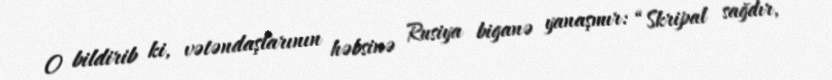
O bildirib ki, vətəndaşlarının həbsinə Rusiya biganə yanaşmır: “Skripal sağdır,